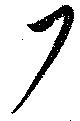
尸